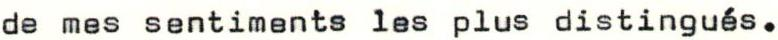
de mes sentiments les plus distingués.